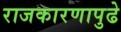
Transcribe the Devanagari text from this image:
राजकारणापुढे